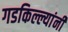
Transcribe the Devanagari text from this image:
गडकिल्ल्यांनी